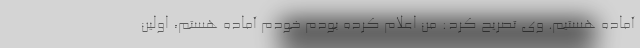
آماده هستیم. وی تصریح کرد: من اعلام کرده بودم خودم آماده هستم، اولین